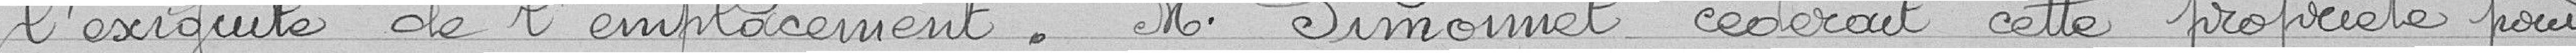
l'exigüité de l'emplacement. M. Simonet céderait cette propriété pour